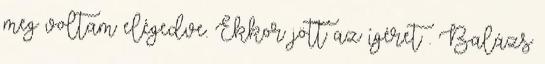
meg voltam elégedve. Ekkor jött az ígéret . Balázs